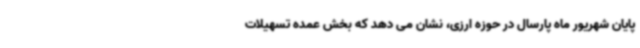
پایان شهریور ماه پارسال در حوزه ارزی، نشان می دهد که بخش عمده تسهیلات